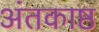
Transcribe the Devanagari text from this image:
अंतकाष्ठ